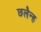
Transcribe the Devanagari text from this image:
छलैन्ह